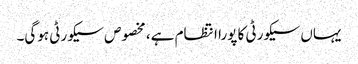
یہاں سیکورٹی کا پورا انتظام ہے، مخصوص سیکورٹی ہوگی۔